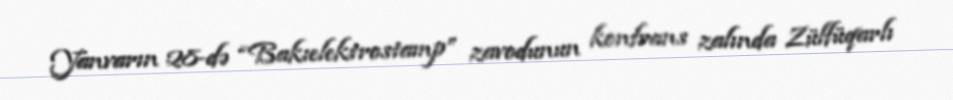
Yanvarın 28-də “Bakıelektrostamp” zavodunun konfrans zalında Zülfüqarlı